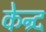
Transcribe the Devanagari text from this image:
केन्र्द